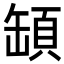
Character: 𩒡